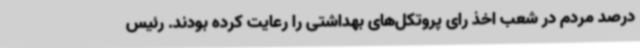
درصد مردم در شعب اخذ رای پروتکل‌های بهداشتی را رعایت کرده بودند. رئیس